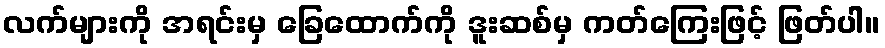
လက်များကို အရင်းမှ ခြေထောက်ကို ဒူးဆစ်မှ ကတ်ကြေးဖြင့် ဖြတ်ပါ။